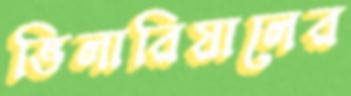
ভিলারিয়ালের